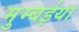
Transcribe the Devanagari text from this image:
मुम्बईया